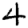
Digit: 4